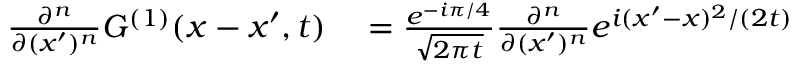
\begin{array} { r l } { \frac { \partial ^ { n } } { \partial ( x ^ { \prime } ) ^ { n } } G ^ { ( 1 ) } ( x - x ^ { \prime } , t ) } & { { } = \frac { e ^ { - i \pi / 4 } } { \sqrt { 2 \pi t } } \frac { \partial ^ { n } } { \partial ( x ^ { \prime } ) ^ { n } } e ^ { i ( x ^ { \prime } - x ) ^ { 2 } / ( 2 t ) } } \end{array}